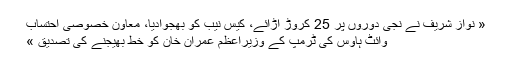
« نواز شریف نے نجی دوروں پر 25 کروڑ اڑائے، کیس نیب کو بھجوادیا، معاون خصوصی احتساب
وائٹ ہاؤس کی ٹرمپ کے وزیراعظم عمران خان کو خط بھیجنے کی تصدیق »